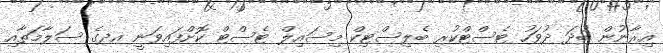
އިރާނުން ބުދަ ދުވަހު ޓެސްޓްކުރި ބެލިސްޓިކް މިސައިލް ޓެސްޓް ކޮށްފައިވަނީ އދގެ ސަލާމަތާއި